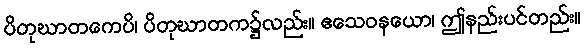
ပိတုဃာတကေပိ၊ ပိတုဃာတက၌လည်း။ ဧသေဝနယော၊ ဤနည်းပင်တည်း။